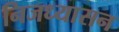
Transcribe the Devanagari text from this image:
निजध्यासन